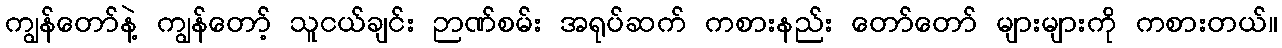
ကျွန်တော်နဲ့ ကျွန်တော့် သူငယ်ချင်း ဉာဏ်စမ်း အရုပ်ဆက် ကစားနည်း တော်တော် များများကို ကစားတယ်။